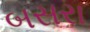
બસરા